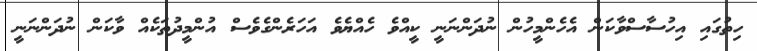
ހިތުގައި އިހުސާސްވާކަން އެހެންމީހުން ނުދަންނަނީ ކީއްވެ ހެއްޔެވެ އަހަރެންގެވެސް އުންމީދުތަކެއް ވާކަން ނުދަންނަނީ